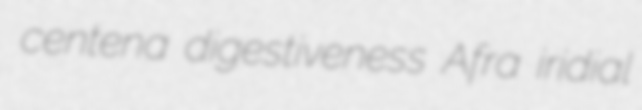
centena digestiveness Afra iridial